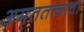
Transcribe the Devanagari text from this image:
अमृततत्त्वाचा